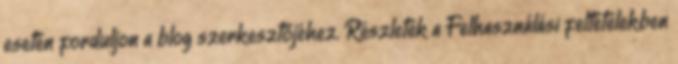
esetén forduljon a blog szerkesztőjéhez. Részletek a Felhasználási feltételekben